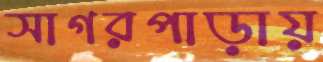
সাগরপাড়ায়